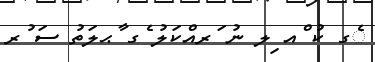
ެގ ކު ްއ ިލ ނު ަރއްކަލު ެގ ާޙލަތު ސަ ުރ